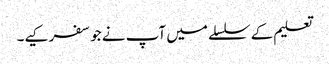
تعلیم کے سلسلے میں آپ نے جو سفر کیے۔